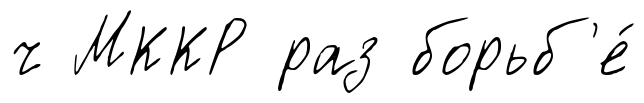
ч МККР раз борьб'е́